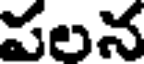
పలన